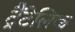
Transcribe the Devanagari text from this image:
ट्रैंटेलिक